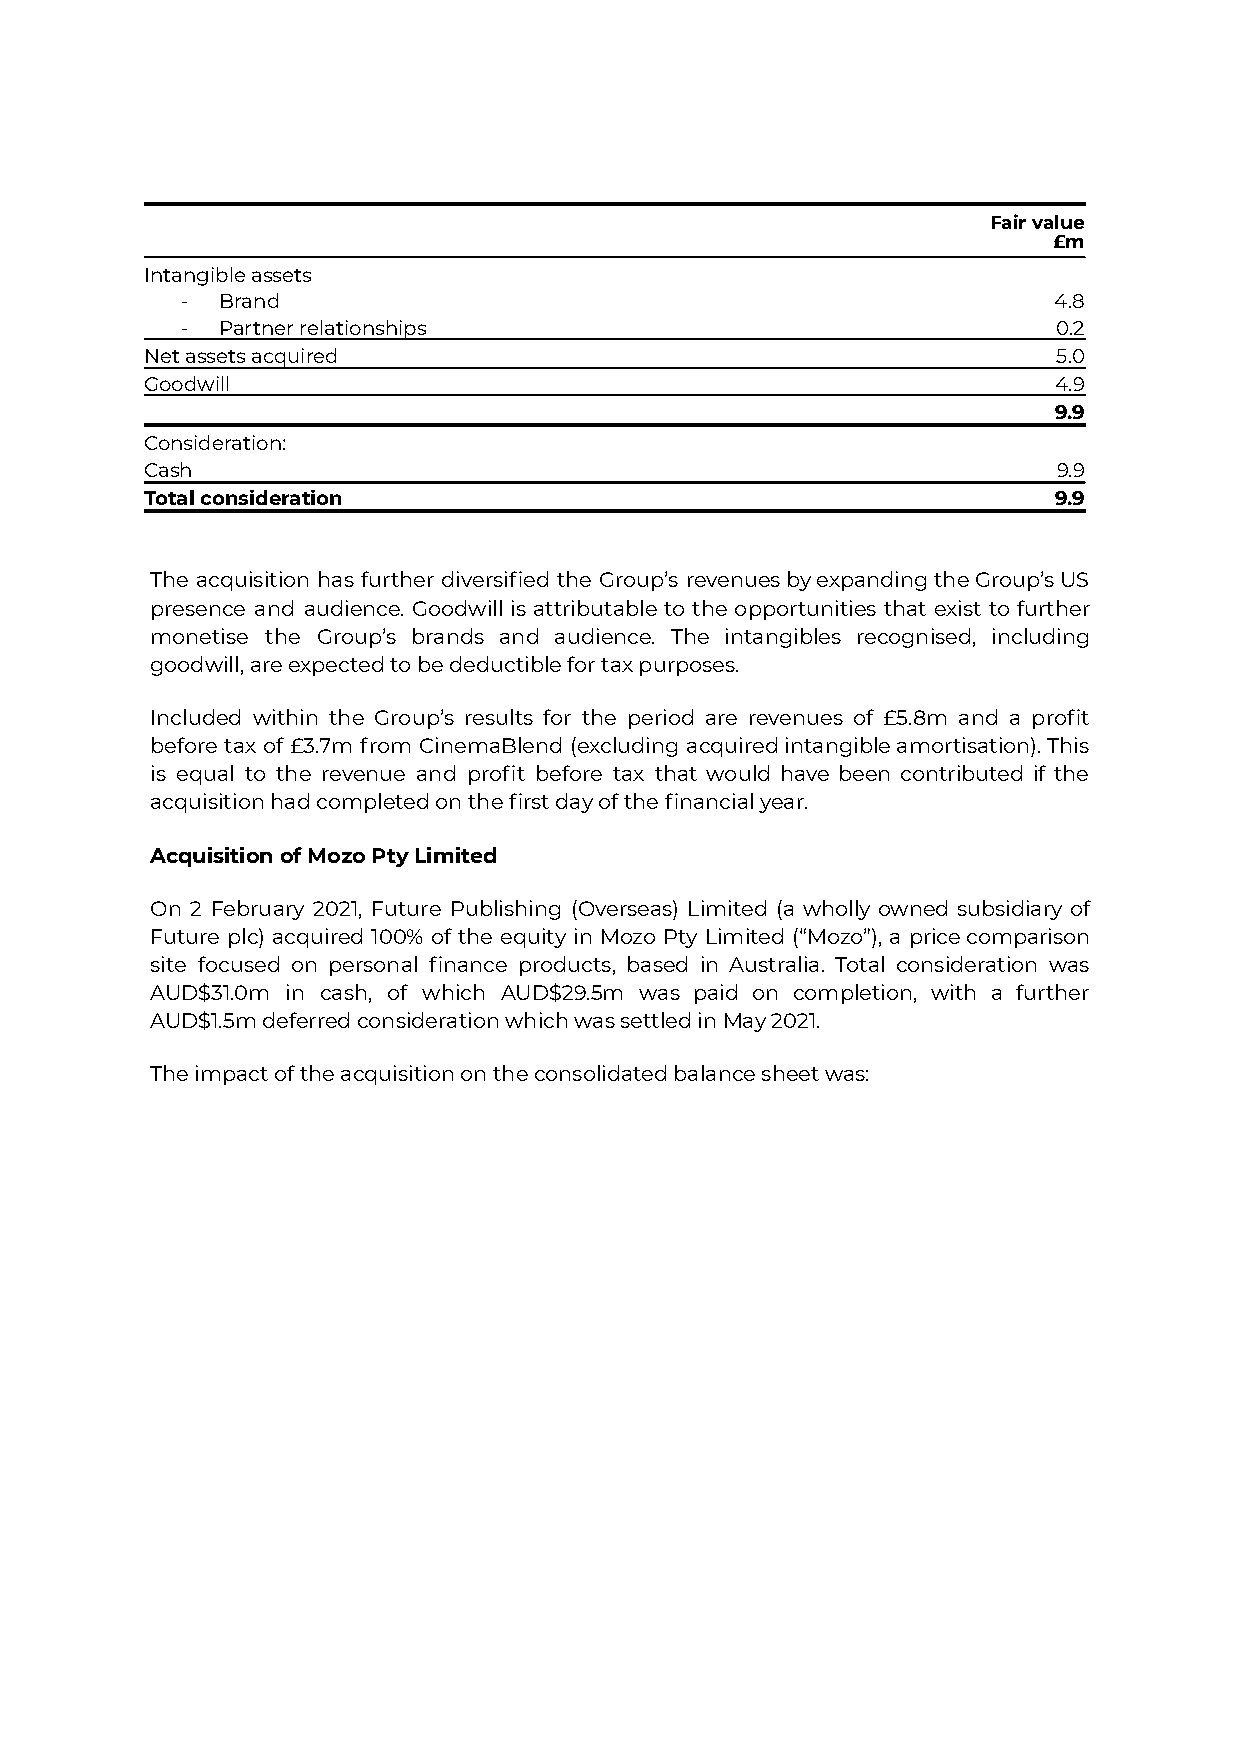
Fair value
 £m
 Intangible assets
 - Brand                                                   4.8
 - Partner relationships                                   0.2
 Net assets acquired                                         5.0
 Goodwill                                                    4.9
 9.9
 Consideration:
 Cash                                                        9.9
 Total consideration                                         9.9
 The acquisition has further diversified the Group’s revenuesbyexpandingtheGroup’sUS
 presence and audience. Goodwill is attributable to the opportunities that exist to further
 monetise the Group’s brands and audience. The intangibles recognised, including
 goodwill, are expected to be deductible for tax purposes.
 Included within the Group’s results for the period are revenues of £5.8m and a profit
 before tax of £3.7m from CinemaBlend (excluding acquiredintangibleamortisation).This
 is equal to the revenue and profit before tax that would have been contributed if the
 acquisition had completed on the first day of the financial year.
 Acquisition of Mozo Pty Limited
 On 2 February 2021, Future Publishing (Overseas) Limited (a wholly owned subsidiary of
 Future plc) acquired 100% of the equity in Mozo Pty Limited (“Mozo”), a pricecomparison
 site focused on personal finance products, based in Australia. Total consideration was
 AUD$31.0m in cash, of which AUD$29.5m was paid on completion, with a further
 AUD$1.5m deferred consideration which was settled in May 2021.
 The impact of the acquisition on the consolidated balance sheet was: